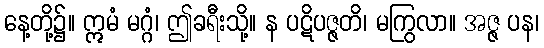
နေ့တို့၌။ ဣမံ မဂ္ဂံ၊ ဤခရီးသို့။ န ပဋိပဇ္ဇတိ၊ မကြွလာ။ အဇ္ဇ ပန၊